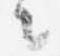
々